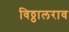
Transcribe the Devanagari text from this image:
विठ्ठालराव